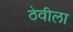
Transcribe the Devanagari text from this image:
ठेवीला